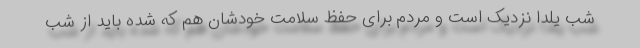
شب یلدا نزدیک است و مردم برای حفظ سلامت خودشان هم که شده باید از شب